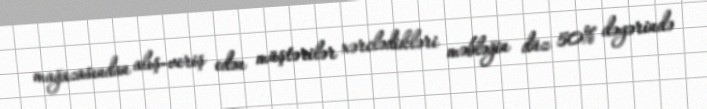
mağazasından alış-veriş edən müştərilər xərclədikləri məbləğin düz 50% dəyərində